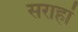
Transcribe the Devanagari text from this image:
सराहां